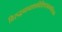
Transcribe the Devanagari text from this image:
विरुद्धनानाधर्मवैशिष्ट्यावगाहिज्ञानं